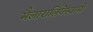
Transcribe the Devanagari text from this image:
मैलारालिंगेस्वामी